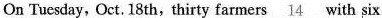
On Tuesday, Oct. 18 th, thirty farmers \underline{字符14} with six